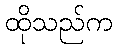
ထိုသည်က